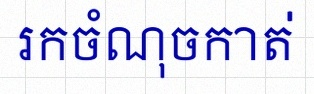
រកចំណុចកាត់